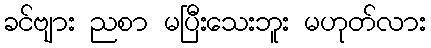
ခင်ဗျား ညစာ မပြီးသေးဘူး မဟုတ်လား